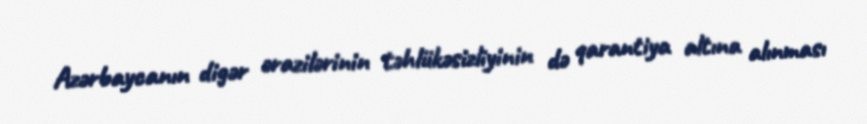
Azərbaycanın digər ərazilərinin təhlükəsizliyinin də qarantiya altına alınması